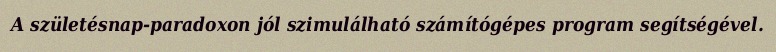
A születésnap-paradoxon jól szimulálható számítógépes program segítségével.